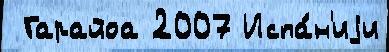
 Гарайоа 2007 Испа́н'иjи